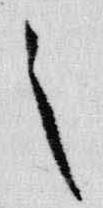
之